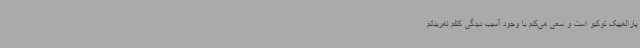
پارالمپیک توکیو است و سعی می‌کنم با وجود آسیب دیدگی کتفم تمریناتم